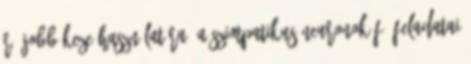
rá jobb keze használatára. A szimpatikus neuronok fő feladatai